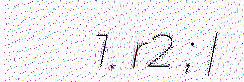
1. r2 ; |